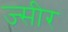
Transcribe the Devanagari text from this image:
ज्सीर